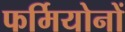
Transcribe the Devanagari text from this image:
फर्मियोनों